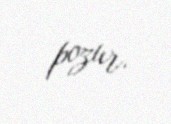
pozur.